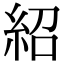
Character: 紹